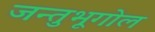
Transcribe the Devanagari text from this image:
जन्तुभूगोल